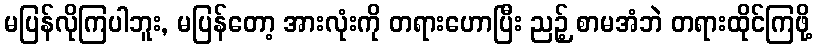
မပြန်လိုကြပါဘူး, မပြန်တော့ အားလုံးကို တရားဟောပြီး ညဉ့် စာမအံဘဲ တရားထိုင်ကြဖို့